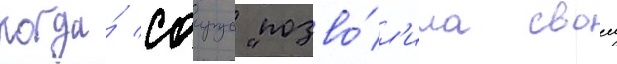
когда́ саирус "позво́л'ила своеи